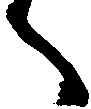
へ